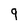
Character: g